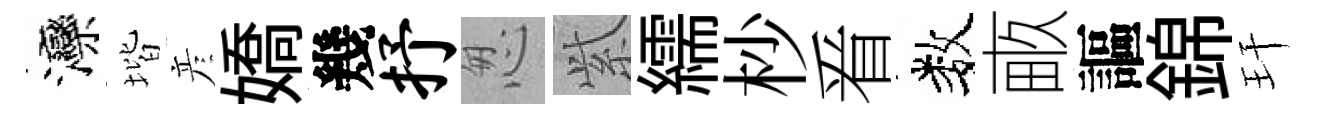
灤堦彦嬌幾抒怱𬗋繻杪㸔数畞謳錦玕